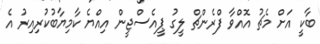
ބާކީ އަށް މެޗު އޮއްވާ ފްރެންޗް ލީގު ޕީއެސްޖީން އިއްޔެ ކާމިޔާބުކުރިއިރު އެ